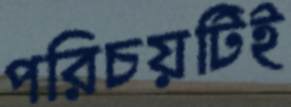
পরিচয়টিই